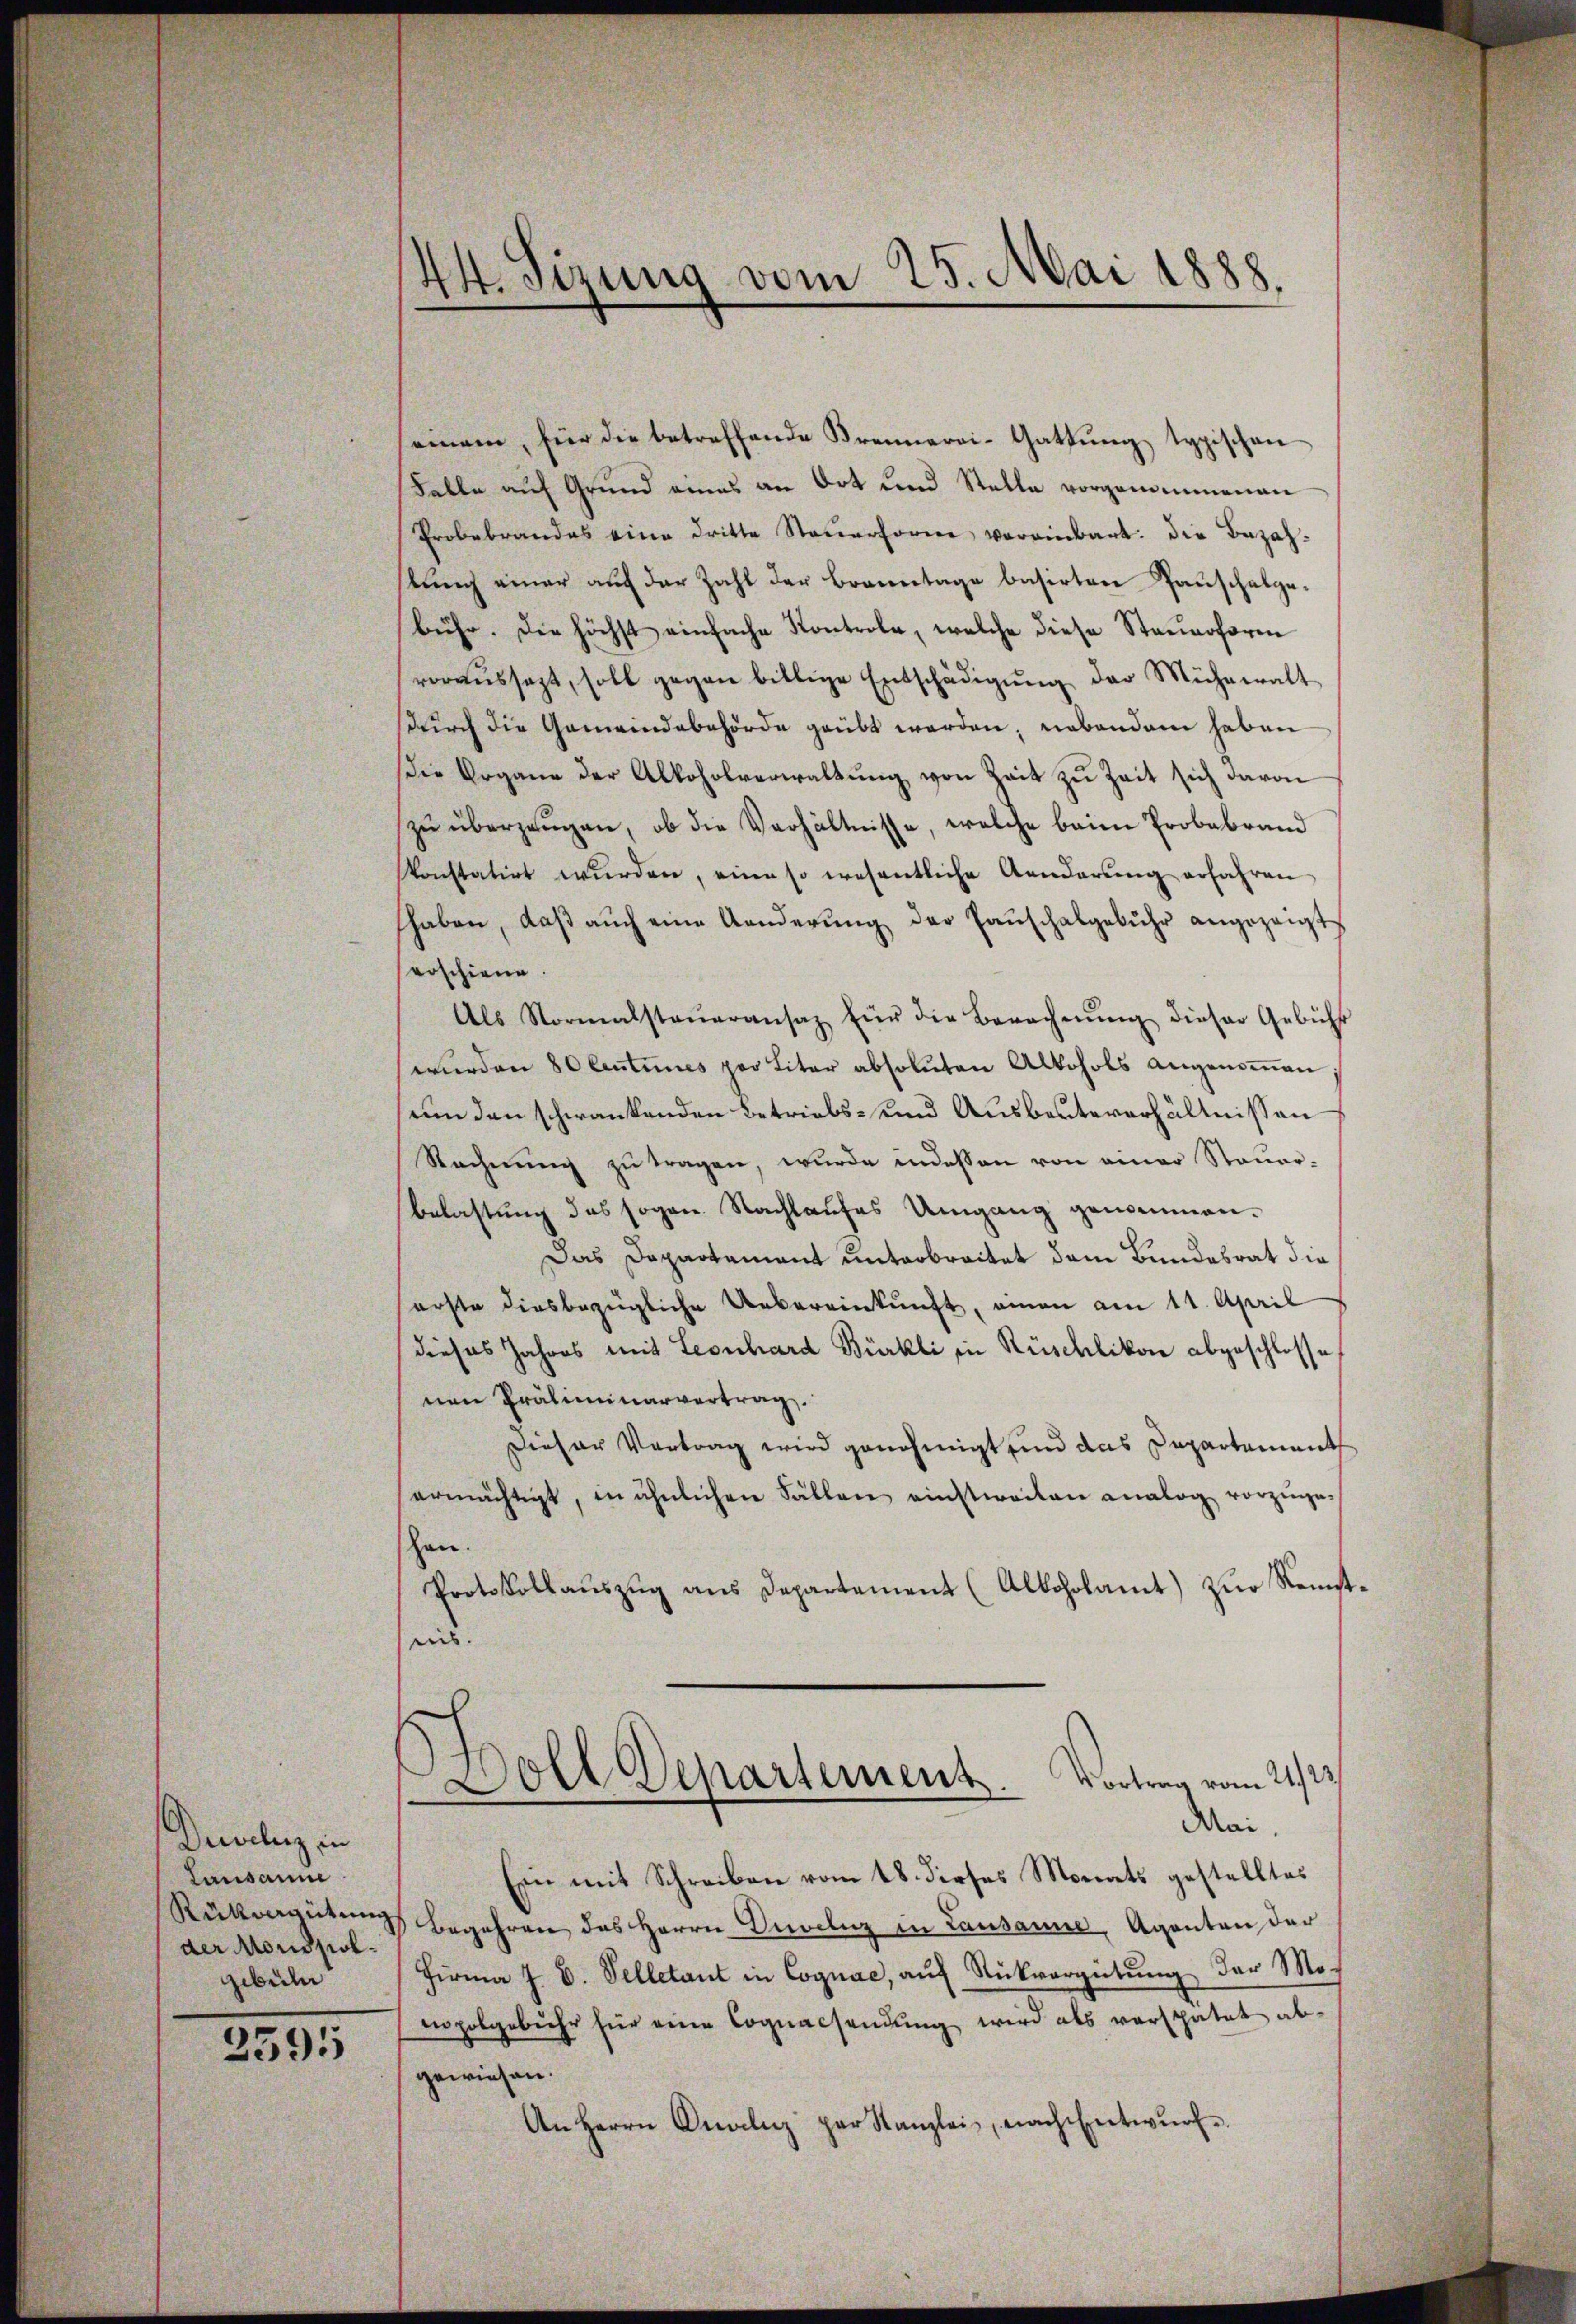
Drevelz in
Lausanne
Rückvergütung
der Moussolgibeln

2595

44. Sizung vom 25. Mai 1888.

einem, für die betreffende Brennerei-Gattŭng typischen
Falle auf Grund eines an Ort und Stelle vorgenommenen
Probebrandes eine dritte Steŭerforne vereinbart: die Bezahstŭng einer aŭf der Zahl der Branntage basirten Pauschalge-
bühr. Die höchst einfache Kontrole, welche diese Steuerform
voraŭssagt, soll gegen billige Entschädigŭng der Mühewalt
durch die Gemeindebehörde geübt werden, nebendem haben
die Organe der Alkoholverwaltŭng von Zeit zu Zeit sich davon
zu überzeugen, ob die Verhältnisse, welche beim Probebrand
skonstatirt wŭrden, eine so wesentliche Aenderŭng erfahren
haben, daβ aŭch eine Aenderŭng der Haŭschalgebühr angezeigt
erschiene.
Als Normalsteŭeransaz für die Berechnŭng dieser Gebühr
werden 80 Centimes per Liter absoluten Alkohols angenoṁen
um den schwankenden Betriebs- und Ausbeutererhältnissen
Rechnung zu tragen, wurde indessen von einer Steuer¬
Belastung des sogen. Nachlaufes Umgang geneinan¬
Das Dapartement unterbreitet dem Bundesrat die
erste diesbezügliche Uebereinkunft, amen am 11. April
dieses Jahres mit Leonhard Bürkli in Rüschlikon abgeschlosse
nen Präliminarvertrag
Dieser Vortrag wird genehmigt sind das Departement
ermächtigt, in ähnlichen Fällen einstweilen analog vorzuge-
hen.
Protokollauszug aus Departement (Alkoholamt) zur Reistens.
Doll Departement. Vortrag vom 21./2.
Mai,
Ein mit Schreiben vom 18. dieses Monats gestelltes
Begehren das Herrn Deceliz in Lausanne Agenten der
Firma J. V. Pelletant in Cognac, auf Rückvergütung der Monopolgebühr für eine Coquacsendung wird als verspätet abgewiesen.
An Herrn Onalnz par Kanzlei, nach Entwŭrf